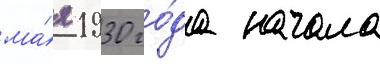
ма́я 1930 го́да начала